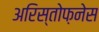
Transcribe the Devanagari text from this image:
अरिस्तोफ़नेस